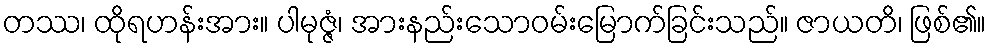
တဿ၊ ထိုရဟန်းအား။ ပါမုဇ္ဇံ၊ အားနည်းသောဝမ်းမြောက်ခြင်းသည်။ ဇာယတိ၊ ဖြစ်၏။